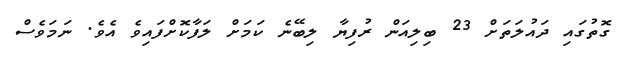
ގޮތުގައި ދައުލަތަށް 23 ބިލިއަން ރުފިޔާ ލިބޭނެ ކަމަށް ލަފާކޮށްފައިވެ އެވެ. ނަމަވެސް